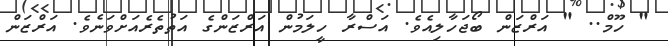
" ހޫމް.. " އަރްޒަން ބޯޖަހާލިއެވެ. އަސްރާ ހީލަމުން އަރްޒަންގެ އަތުތެރެއަށްވަނެވެ. އަރްޒަން